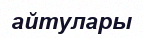
айтулары